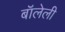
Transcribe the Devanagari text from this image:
बॉलेली